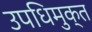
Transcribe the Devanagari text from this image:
उपधिमुक्त